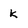
Character: k